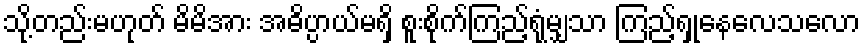
သို့တည်းမဟုတ် မိမိအား အဓိပ္ပာယ်မရှိ စူးစိုက်ကြည့်ရုံမျှသာ ကြည့်ရှုနေလေသလော